Civil Veterinary Department Bihar & Orissa reports 1922-29 - 1922-1929
Year: 1922
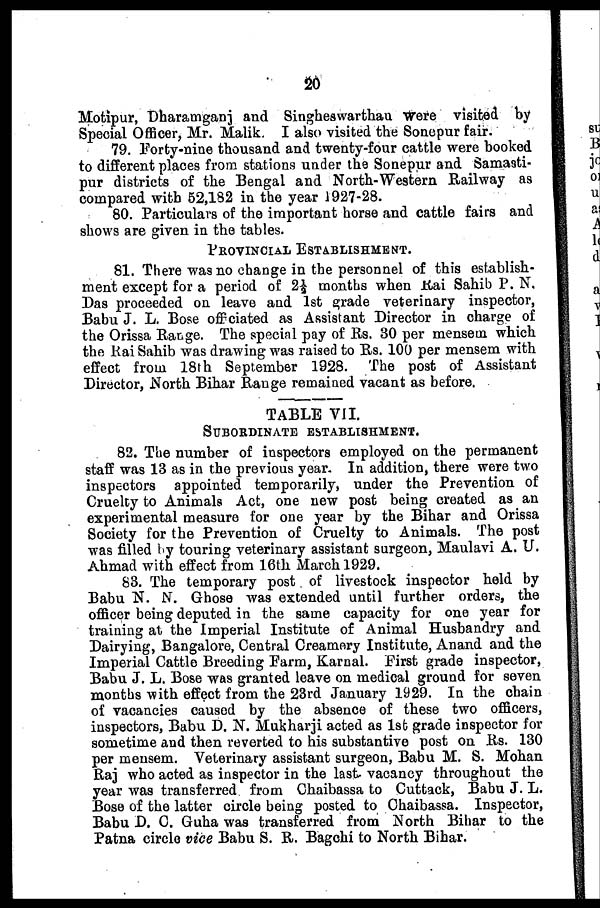
20
Motipur, Dharamganj and Singheswarthau were visited by
Special Officer, Mr. Malik. I also visited the Sonepur fair.
79. Forty-nine thousand and twenty-four cattle were booked
to different places from stations under the Sonepur and Sama3ti-
pur districts of the Bengal and North-Western Railway as
compared with 52,182 in the year 1927-28.
80. Particulars of the important horse and cattle fairs and
shows are given in the tables.
PROVINCIAL ESTABLISHMENT.
81. There was no change in the personnel of this establish-
ment except for a period of 2 1 / 2 months when Rai Sahib P. N,
Das proceeded on leave and 1st grade veterinary inspector,
Babu J. L. Bose offciated as Assistant Director in charge of
the Orissa Range. The special pay of Rs. 30 per mensem which
the Rai Sahib was drawing was raised to Rs. 100 per mensem with
effect from 18th September 1928. The post of Assistant
Director, North Bihar Range remained vacant as before.
TABLE VII.
SUBORDINATE ESTABLISHMENT.
82. The number of inspectors employed on the permanent
staff was 13 as in the previous year. In addition, there were two
inspectors appointed temporarily, under the Prevention of
Cruelty to Animals Act, one new post being created as an
experimental measure for one year by the Bihar and Orissa
Society for the Prevention of Cruelty to Animals. The post
was filled by touring veterinary assistant surgeon, Maulavi A. U.
Ahmad with effect from 16th March 1929.
83. The temporary post of livestock inspector held by
Babu N. N. Ghose was extended until further orders, the
officer being deputed in the same capacity for one year for
training at the Imperial Institute of Animal Husbandry and
Dairying, Bangalore, Central Creamery Institute, Anand and the
Imperial Cattle Breeding Farm, Karnal. First grade inspector,
Babu J. L. Bose was granted leave on medical ground for seven
months with effect from the 23rd January 1929. In the chain
of vacancies caused by the absence of these two officers,
inspectors, Babu D. N. Mukharji acted as 1st grade inspector for
sometime and then reverted to his substantive post on Rs. 130
per mensem. Veterinary assistant surgeon, Babu M. S. Mohan
Raj who acted as inspector in the last vacancy throughout the
year was transferred from Chaibassa to Cuttack, Babu J. L.
Bose of the latter circle being posted to Chaibassa. Inspector,
Babu D. C. Guha was transferred from North Bihar to the
Patna circle vice Babu S. R. Bagchi to North Bihar.